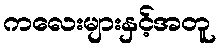
ကလေးများနှင့်အတူ